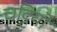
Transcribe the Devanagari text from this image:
चट्टियों